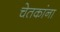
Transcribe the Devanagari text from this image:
चेतकांना